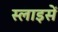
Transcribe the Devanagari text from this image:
स्लाइसें